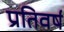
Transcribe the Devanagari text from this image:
प्रतिवर्ष